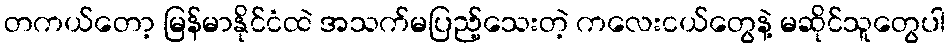
တကယ်တော့ မြန်မာနိုင်ငံထဲ အသက်မပြည့်သေးတဲ့ ကလေးငယ်တွေနဲ့ မဆိုင်သူတွေပါ